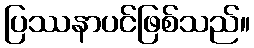
ပြဿနာပင်ဖြစ်သည်။